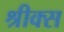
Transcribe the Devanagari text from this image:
श्रीक्स